Indian journal of veterinary science and animal husbandry - Volume 11,
Year: 1941
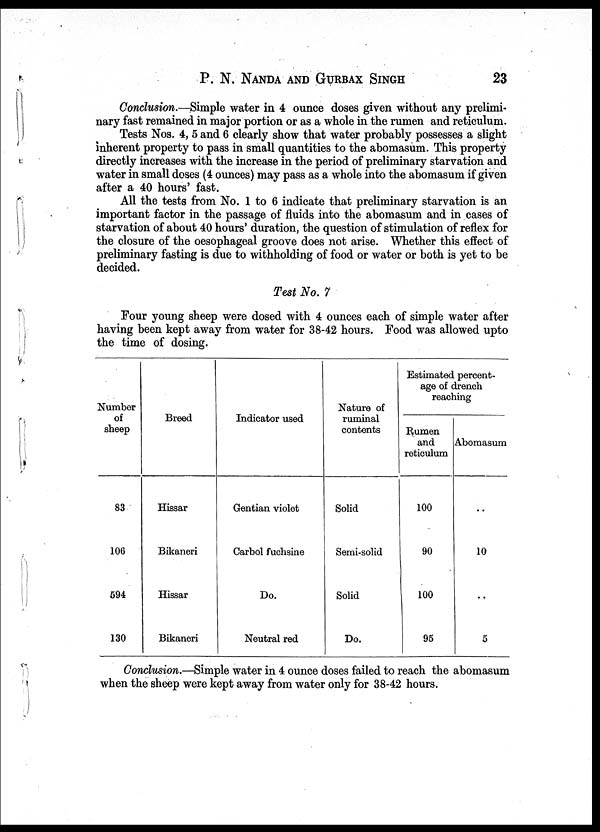
P. N. NANDA AND GURBAX SINGH 23
Conclusion.—Simple water in 4 ounce doses given without any prelimi-
nary fast remained in major portion or as a whole in the rumen and reticulum.
Tests Nos. 4, 5 and 6 clearly show that water probably possesses a slight
inherent property to pass in small quantities to the abomasum. This property
directly increases with the increase in the period of preliminary starvation and
water in small doses (4 ounces) may pass as a whole into the abomasum if given
after a 40 hours' fast.
All the tests from No. 1 to 6 indicate that preliminary starvation is an
important factor in the passage of fluids into the abomasum and in cases of
starvation of about 40 hours' duration, the question of stimulation of reflex for
the closure of the oesophageal groove does not arise. Whether this effect of
preliminary fasting is due to withholding of food or water or both is yet to be
decided.
Test No. 7
Four young sheep were dosed with 4 ounces each of simple water after
having been kept away from water for 38-42 hours. Food was allowed upto
the time of dosing.
Number
of
sheep
83
106
594
130
Breed
Hissar
Bikaneri
Hissar
Bikaneri
Indicator used
Gentian violet
Carbol fuchsine
Do.
Neutral red
Nature of
ruminal
contents
Solid
Semi-solid
Solid
Do.
Estimated percent-
age of drench
reaching
Rumen
and
reticulum
100
90
100
95
Abomasum
..
10
..
5
Conclusion.—Simple water in 4 ounce doses failed to reach the abomasum
when the sheep were kept away from water only for 38-42 hours.